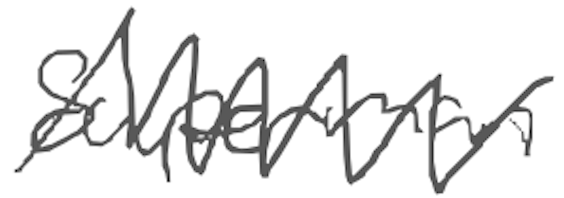
Text: Superman
Cross-out: zig-zag
Writing tool: digital_gray